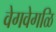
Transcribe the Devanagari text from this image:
वेगवेगळि